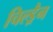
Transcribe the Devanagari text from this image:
चिल्ड्रैन